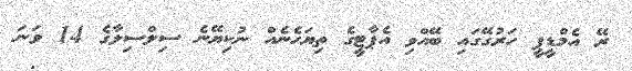
ރޭ އެމްޑީޕީ ހަރުގޭގައި ބޭއްވި އެޕާޓީގެ ތިޔަހެނެއް ނުކިޔޭނެ ސިލްސިލާގެ 14 ވަނަ